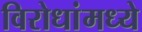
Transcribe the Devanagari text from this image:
विरोधांमध्ये